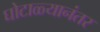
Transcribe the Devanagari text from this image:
घोटाळ्यानंतर